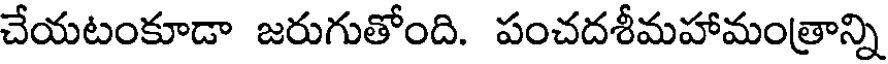
చేయటంకూడా జరుగుతోంది. పంచదశీమహామంత్రాన్ని